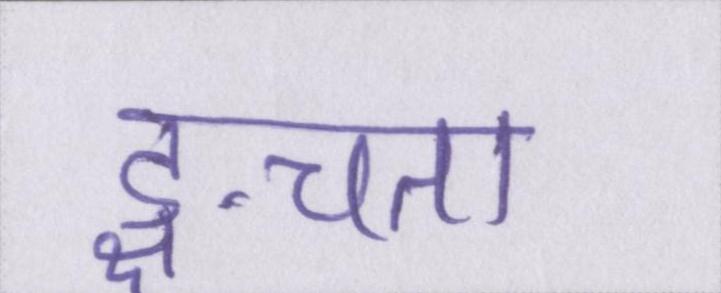
ङ्क्षचता